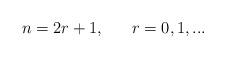
LaTeX: \begin{align*}n = 2 r + 1, \ \ \ \ \ r = 0, 1, ... \end{align*}